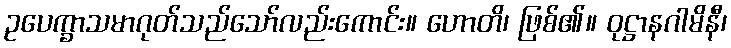
ဥပေက္ခာသမာဂုတ်သည်သော်လည်းကောင်း။ ဟောတိ၊ ဖြစ်၏။ ဝုဋ္ဌာနဂါမိနီ၊